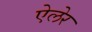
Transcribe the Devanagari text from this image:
ऐलेर